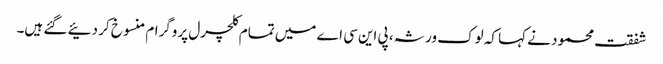
شفقت محمود نے کہا کہ لوک ورثہ، پی این سی اے میں تمام کلچرل پروگرام منسوخ کر دئیے گئے ہیں۔